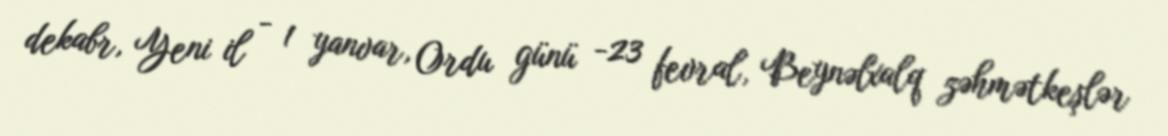
dekabr, Yeni il - 1 yanvar, Ordu günü -23 fevral, Beynəlxalq zəhmətkeşlər